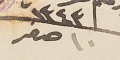
١٣٤٣ ١٠ صفر